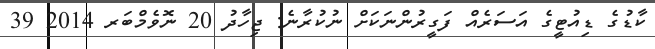
ކާޑުގެ ޑިއުޓީގެ އަސަރެއް ފަގީރުންނަކަށް ނުކުރާނެ: ޖިހާދު 20 ނޮވެމްބަރ 2014 39